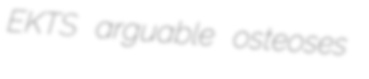
EKTS arguable osteoses